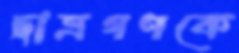
ছাত্রগণকে